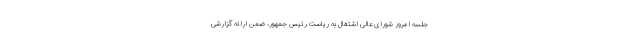
جلسه امروز شورای عالی اشتغال به ریاست رئیس جمهور، ضمن ارائه گزارشی